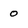
Character: o